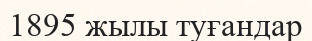
1895 жылы туғандар